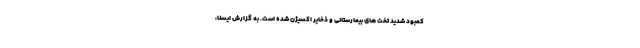
کمبود شدید تخت های بیمارستانی و ذخایر اکسیژن شده است. به گزارش ایسنا،